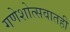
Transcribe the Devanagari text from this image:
गणेशोत्सवातही